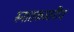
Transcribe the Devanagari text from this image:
स्नातकस्तरीय